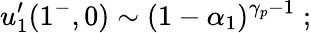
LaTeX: u_{1}^{\prime}(1^{-},0)\sim(1-\alpha_{1})^{\gamma_{p}-1}\; ;